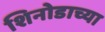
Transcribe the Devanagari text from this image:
शिनोडाच्या